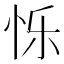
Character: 𮲃